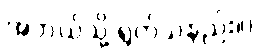
အဘယ်သို့ ရွတ်သနည်း။)